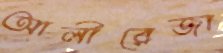
আলীরেজা